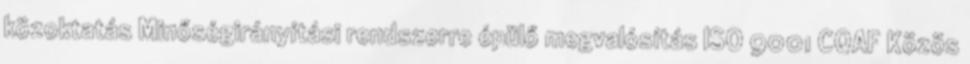
közoktatás Minőségirányítási rendszerre épülő megvalósítás ISO 9001 CQAF Közös